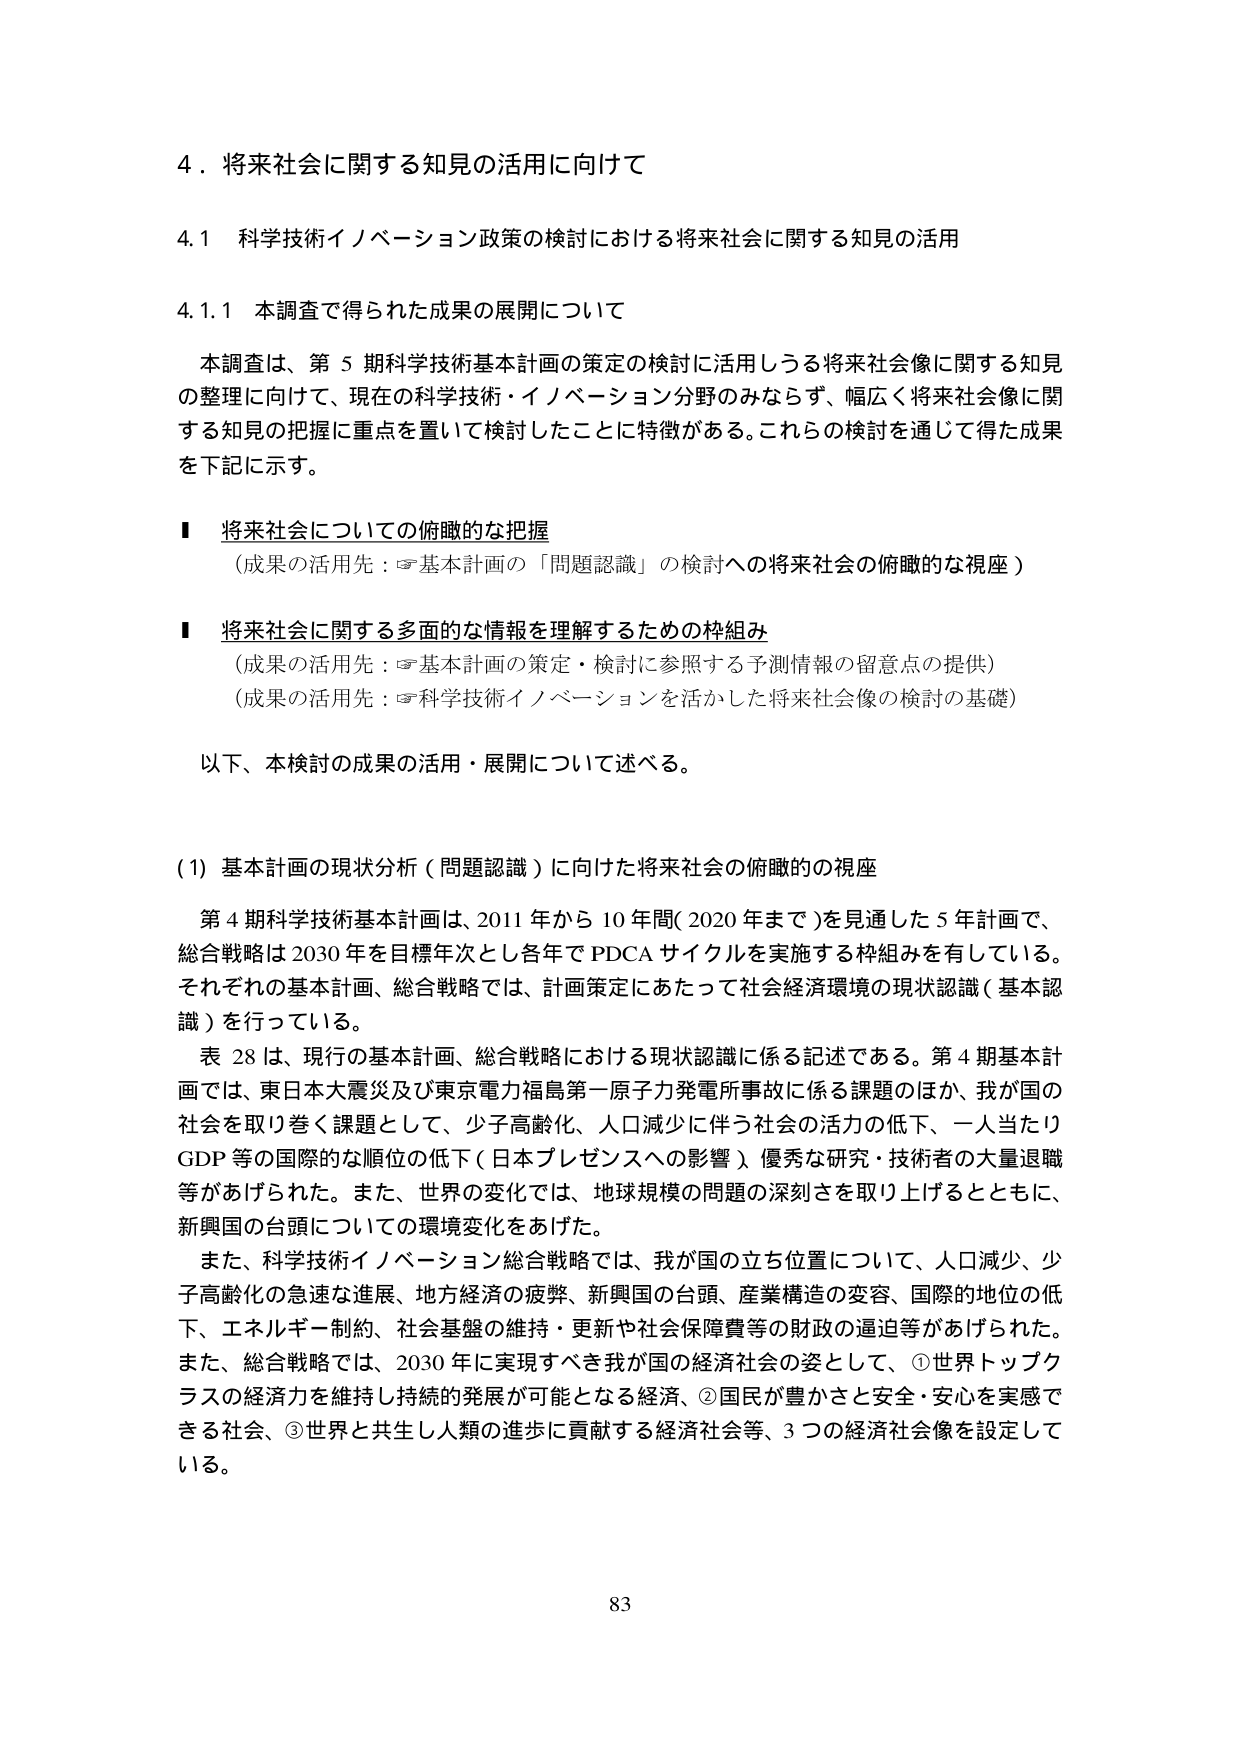
4．将来社会に関する知見の活用に向けて

4.1 科学技術イノベーション政策の検討における将来社会に関する知見の活用

4.1.1 本調査で得られた成果の展開について

本調査は、第5期科学技術基本計画の策定の検討に活用しうる将来社会像に関する知見の整理に向けて、現在の科学技術・イノベーション分野のみならず、幅広く将来社会像に関する知見の把握に重点を置いて検討したことに特徴がある。これらの検討を通じて得た成果を下記に示す。

■ 将来社会についての俯瞰的な把握
（成果の活用先：☞基本計画の「問題認識」の検討への将来社会の俯瞰的な視座）

■ 将来社会に関する多面的な情報を理解するための枠組み
（成果の活用先：☞基本計画の策定・検討に参照する予測情報の留意点の提供）
（成果の活用先：☞科学技術イノベーションを活かした将来社会像の検討の基礎）

以下、本検討の成果の活用・展開について述べる。

(1) 基本計画の現状分析（問題認識）に向けた将来社会の俯瞰的の視座

第4期科学技術基本計画は、2011年から10年間（2020年まで）を見通した5年計画で、総合戦略は2030年を目標年次とし各年でPDCAサイクルを実施する枠組みを有している。それぞれの基本計画、総合戦略では、計画策定にあたって社会経済環境の現状認識（基本認識）を行っている。

表28は、現行の基本計画、総合戦略における現状認識に係る記述である。第4期基本計画では、東日本大震災及び東京電力福島第一原子力発電所事故に係る課題のほか、我が国の社会を取り巻く課題として、少子高齢化、人口減少に伴う社会の活力の低下、一人当たりGDP等の国際的な順位の低下（日本プレゼンスへの影響）、優秀な研究・技術者の大量退職等があげられた。また、世界の変化では、地球規模の問題の深刻さを取り上げるとともに、新興国の台頭についての環境変化をあげた。

また、科学技術イノベーション総合戦略では、我が国の立ち位置について、人口減少、少子高齢化の急速な進展、地方経済の疲弊、新興国の台頭、産業構造の変容、国際的地位の低下、エネルギー制約、社会基盤の維持・更新や社会保障費等の財政の逼迫等があげられた。また、総合戦略では、2030年に実現すべき我が国の経済社会の姿として、①世界トップクラスの経済力を維持し持続的発展が可能となる経済、②国民が豊かさと安全・安心を実感できる社会、③世界と共生し人類の進歩に貢献する経済社会等、3つの経済社会像を設定している。

83